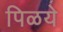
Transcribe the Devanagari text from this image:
पिळये